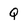
Character: Q